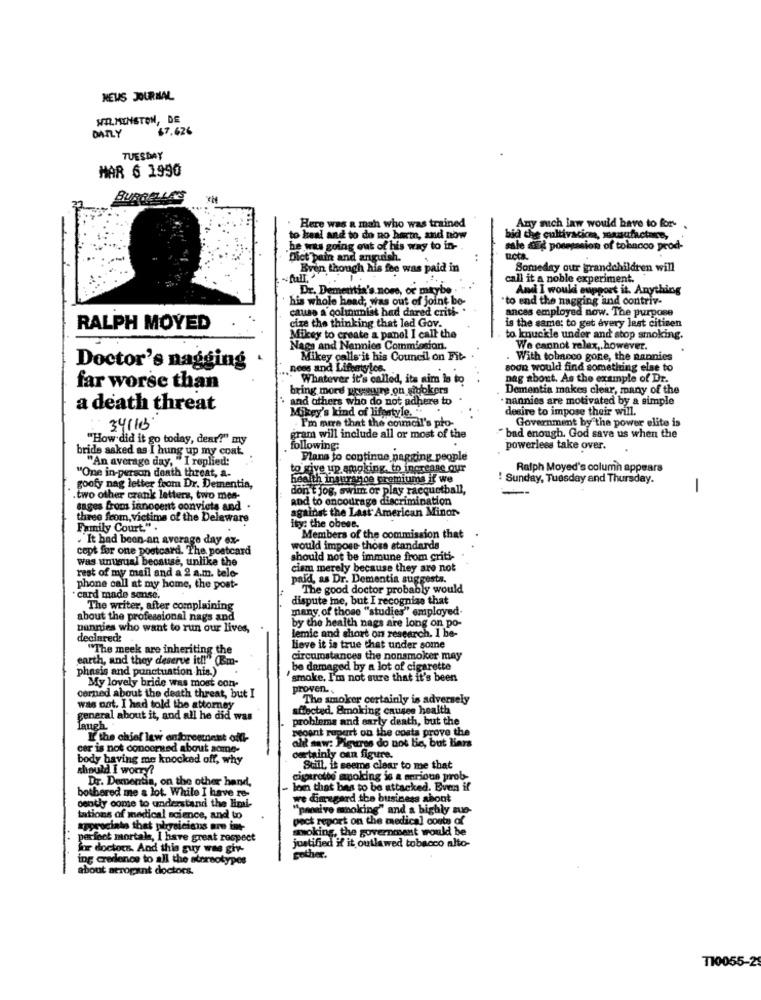
NEWS JOURNAL
WIR.MINSTON, DE
DAILY
$7.626
TUESDAY
MAR 6 1990
Here was a man who was trained
Any mich law would have to for .
to heal and to do no harm, and now
bid the cultivacica, manufacture,
he was going out o
ag out of his way to in -.
male dEd possession of tobacco prod-
"Dict pain and anguish.
Even though his fee was paid in
Someday our grandchildren will
call it a noble experiment.
Dr. Dementia's nome, or maybe .
And I would support it. Anything
his whole head, was out of joint be-
to end the nagging and contriv-
cause a columnist had dared criti- *
ances employed now. The purpose
cize the thinking that led Gov.
RALPH MOYED
is the same; to get every last citizen
Mikey to create a panel I call the
to knuckle under and stop smoking.
Nagy and Nannies Commission.
We cannot relax, however.
Mikey calls it his Council on Fit-
With tobacco gone, the nannies
Doctor's nagging
Rees and Lifestyles.
soon would find something else to
Whatever it's called, its aim is to
Dag about. As the example of Dr.
far worse than
bring more presure on gyokers
Dementia makes clear, many of the
· and others who do not adhere to
nannies are motivated by a simple
a death threat
Mikey's kind of lifestyle. ..
desire to impose their will.
Government by the power elite is
34163
I'm mire that the council's pro-
"How did it go today, dear?" my
gram will include all or most of the
"bad enough. God save us when the
bride asked as I hung up my coat.
following:
powerlees take over.
"An average day, " I replied:
Plans to continue nagging people
to give up smoking, to increase our
Ralph Moyed's column appears
"One in-person death threat, a-
health insurance premiums if we
! Sunday, Tuesday and Thursday.
goofy nag letter from Dr. Dementia,
don't jog, swim or play racquetball,
-
.two other crank letters, two men-
and to encourage discrimination
sages from innocent convicts and .
three from, victims of the Delaware
against the Last American Minor-
Family Court." .
Ity: the obese.
. It had been an average day ex-
Members of the commission that
cept for one postcard. The postcard
would impose those standards
was unusual beosuse, unlike the
should not be immune from criti-
rest of my mail and a 2 a.m. tele-
ciem merely because they are not
paid, as Dr. Dementia suggests.
phone call at my home, the post-
The good doctor probably would
card made sense.
dispute me, but I recognize that
The writer, after complaining
many. of those "studies" employed.
about the professional nags and
by the health nags are long on po-
bunnies who want to run our lives,
lemic and short on research. I be-
declared:
"The meek are inheriting the
lieve it is true that under some
earth, and they deserve it !! " (Em-
circumstances the nonsmoker may
phasis and punctuation his.)"
be damaged by a lot of cigarette
My lovely bride was most con-
smoke, I'm not sure that it's been
proven ..
corned about the death threat, but I
The smoker certainly is adversely
was not. I had told the attorney
stracted. Smoking causes health
general about it, and all he did was
problems and early death, but the
laugh
report on the costa prove the
If the chief law enforcement off-
ali saw: Piqures do not tie, but Hars
cer is not concerned about acme-
body having me knocked off, why
ourtainly can figure.
should I worry?
Still, it seems clear to me that
Dr. Dementia, on the other hand,
cigarrolos smoking is & arrioun prob
lom that bes to be attacked. Even if
oently come to understand the Hipal-
bothered me a lot. While I have re-
we dimegard the business about
"pomive moking" and a bighly sue-
tations of medical science, and to
pect report on the medical costs of
kyprocinto that physiciens are int-
awoking, the government would be
perfect mortals, I have great respect
justified if it outlawed tobacco alto-
for doctors. And this guy was giv-
ing credence to all the stereotypes
gother.
about atropant doctors.
T10055-25